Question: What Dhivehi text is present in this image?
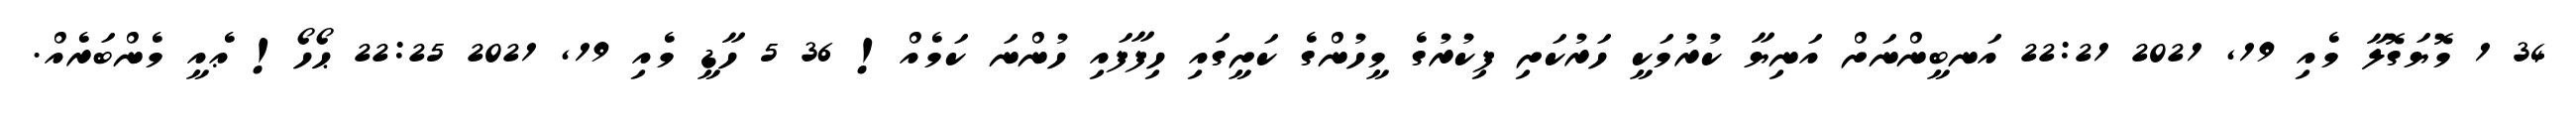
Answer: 34 1 މޮޔަގޮލާ މެއި 19, 2021 22:21 އަނބީންނަށް އަނިޔާ ކުރުމަކީ ހަރުކަށި ފިކުރުގެ މީހުންގެ ކަށީގައި ހިފާފައި ހުންނަ ކަމެއް! 36 5 ހާޑީ މެއި 19, 2021 22:25 ޙޯހޯ! ޢެއީ މެންބަރެއް.